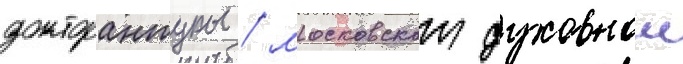
докторантуры / московскои духовнои